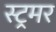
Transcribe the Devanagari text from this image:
स्ट्रमर